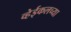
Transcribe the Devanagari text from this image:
व्हेईकलच्या